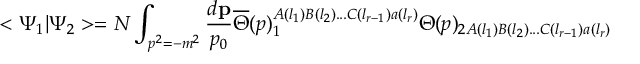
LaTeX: < \Psi _ { 1 } | \Psi _ { 2 } > = N \int _ { p ^ { 2 } = - m ^ { 2 } } \frac { d { \bf p } } { p _ { 0 } } \overline { { { \Theta } } } ( p ) _ { 1 } ^ { A ( l _ { 1 } ) B ( l _ { 2 } ) . . . C ( l _ { r - 1 } ) a ( l _ { r } ) } \Theta ( p ) _ { 2 A ( l _ { 1 } ) B ( l _ { 2 } ) . . . C ( l _ { r - 1 } ) a ( l _ { r } ) }